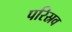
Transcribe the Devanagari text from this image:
परिस्रव